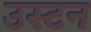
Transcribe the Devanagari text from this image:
उस्टन